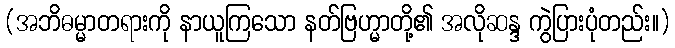
(အဘိဓမ္မာတရားကို နာယူကြသော နတ်ဗြဟ္မာတို့၏ အလိုဆန္ဒ ကွဲပြားပုံတည်း။)